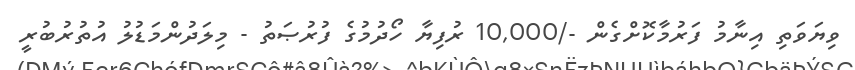
ވިޔަވަތި އިނާމު ފަރުމާކޮށްގެން -/10